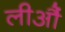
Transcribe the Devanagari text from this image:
लीऔं